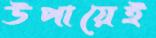
উপায়েই